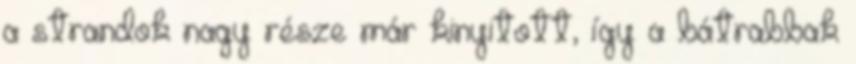
a strandok nagy része már kinyitott, így a bátrabbak